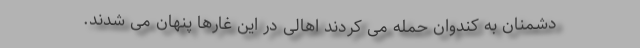
دشمنان به کندوان حمله می کردند اهالی در این غارها پنهان می شدند.